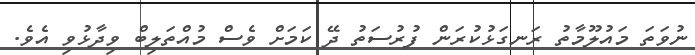
ނުވަތަ މައުލޫމާތު ރަނގަޅުކުރަން ފުރުސަތު ދޭ ކަމަށް ވެސް މުއްތަލިބް ވިދާޅުވި އެވެ.